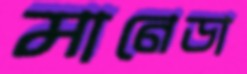
মানেডা